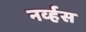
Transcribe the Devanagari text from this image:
नव्‍र्हस